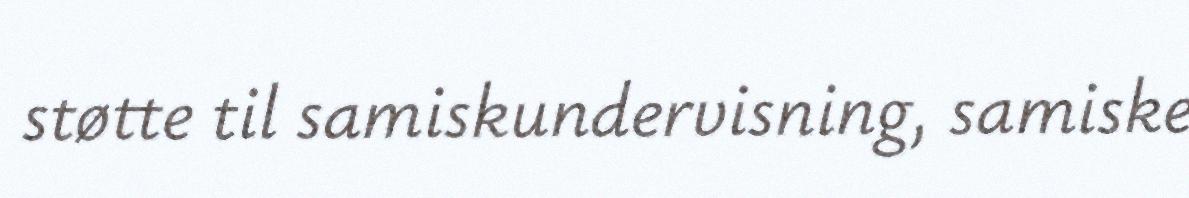
støtte til samiskundervisning, samiske